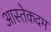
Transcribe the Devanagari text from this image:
आस्तेकदम